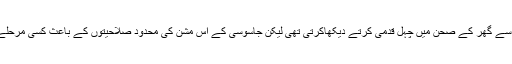
امریکی سی آئی اے کی ٹیم ایک لمبے قد کے آدمی کو باقاعدگی سے گھر کے صحن میں چہل قدمی کرتے دیکھاکرتی تھی لیکن جاسوسی کے اس مشن کی محدود صلاحیتوں کے باعث کسی مرحلے پر یہ تصدیق نہیں ہو سکی کے یہ شخص دراصل بن لادن ہے۔